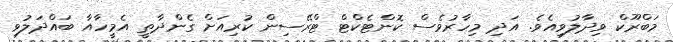
މަބްރޫކް ވިދާލުވިއެވެ. އަދި މިހާރުވެސް ކޮންޓެކްޓް ޓްރޭސިން ކުރިއަށް ގެންދާތީ އެމީހާއާ ބައްދަލުވި